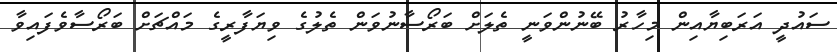
ސައުދީ އަރަބިޔާއިން މިހާރު ބޭނުންވަނީ ތެލަށް ބަރޯސާނުވަން ތެލުގެ ވިޔަފާރީގެ މައްޗަށް ބަރޯސާވެފައިވާ